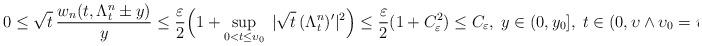
LaTeX: \begin{align*}0\le\sqrt{t}\,\frac{w_n(t,\Lambda_t^n\pm y)}{y}\le\frac{\varepsilon}{2}\Big(1+\sup_{0<t\le\upsilon_0}\;|\sqrt{t}\,(\Lambda_t^n)'|^2\Big)\le\frac\varepsilon2(1+C_\varepsilon^2)\le C_\varepsilon,\; y\in(0,y_0],\; t\in(0,\upsilon\wedge\upsilon_0=\upsilon_0).\end{align*}